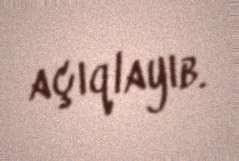
açıqlayıb.